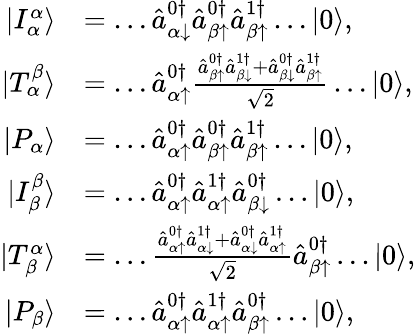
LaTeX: \begin{array}{rl}{|I_{\alpha}^{\alpha}\rangle}&{=\dots\hat{a}_{\alpha\downarrow}^{0\dagger}\hat{a}_{\beta\uparrow}^{0\dagger}\hat{a}_{\beta\uparrow}^{1\dagger}\dots|0\rangle,}\\ {|T_{\alpha}^{\beta}\rangle}&{=\dots\hat{a}_{\alpha\uparrow}^{0\dagger}\frac{\hat{a}_{\beta\uparrow}^{0\dagger}\hat{a}_{\beta\downarrow}^{1\dagger}+\hat{a}_{\beta\downarrow}^{0\dagger}\hat{a}_{\beta\uparrow}^{1\dagger}}{\sqrt{2}}\dots|0\rangle,}\\ {|P_{\alpha}\rangle}&{=\dots\hat{a}_{\alpha\uparrow}^{0\dagger}\hat{a}_{\beta\uparrow}^{0\dagger}\hat{a}_{\beta\uparrow}^{1\dagger}\dots|0\rangle,}\\ {|I_{\beta}^{\beta}\rangle}&{=\dots\hat{a}_{\alpha\uparrow}^{0\dagger}\hat{a}_{\alpha\uparrow}^{1\dagger}\hat{a}_{\beta\downarrow}^{0\dagger}\dots|0\rangle,}\\ {|T_{\beta}^{\alpha}\rangle}&{=\dots\frac{\hat{a}_{\alpha\uparrow}^{0\dagger}\hat{a}_{\alpha\downarrow}^{1\dagger}+\hat{a}_{\alpha\downarrow}^{0\dagger}\hat{a}_{\alpha\uparrow}^{1\dagger}}{\sqrt{2}}\hat{a}_{\beta\uparrow}^{0\dagger}\dots|0\rangle,}\\ {|P_{\beta}\rangle}&{=\dots\hat{a}_{\alpha\uparrow}^{0\dagger}\hat{a}_{\alpha\uparrow}^{1\dagger}\hat{a}_{\beta\uparrow}^{0\dagger}\dots|0\rangle,}\end{array}